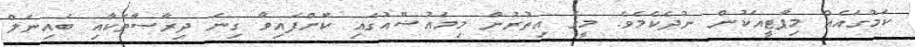
ކަމުގައެއް މިޕާޓީއަކުން ނުދެކެމެވެ. މީގެ އިތުރުން މިމައުޟޫޢުގައި ކޮށްފައިވާ ގިނަ ދިރާސާތަކާއި ބައިނަލް